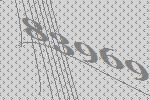
83969